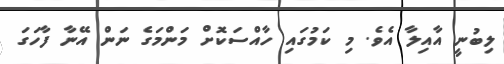
ލިބުނީ އާއިލާ އެވެ. މި ކަމުގައި ހާއްސަކޮށް މަންމަގެ ނަން އޭނާ ފާހަގަ